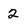
Character: 2